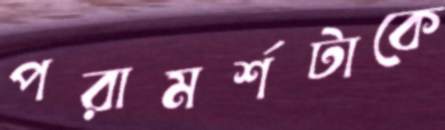
পরামর্শটাকে